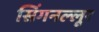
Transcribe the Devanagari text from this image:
सिंगनल्लूर